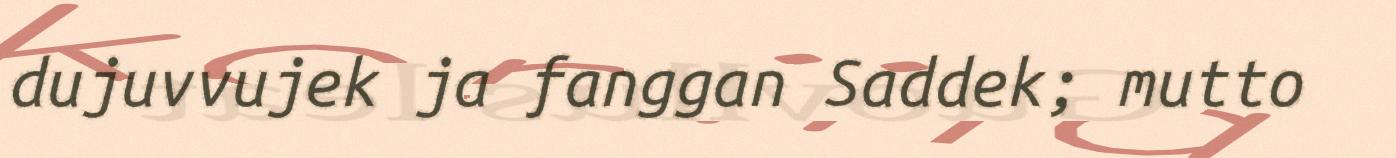
dujuvvujek ja fanggan Saddek; mutto